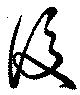
後